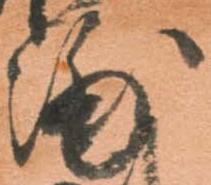
浦